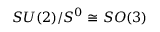
S U ( 2 ) / S ^ { 0 } \cong S O ( 3 )